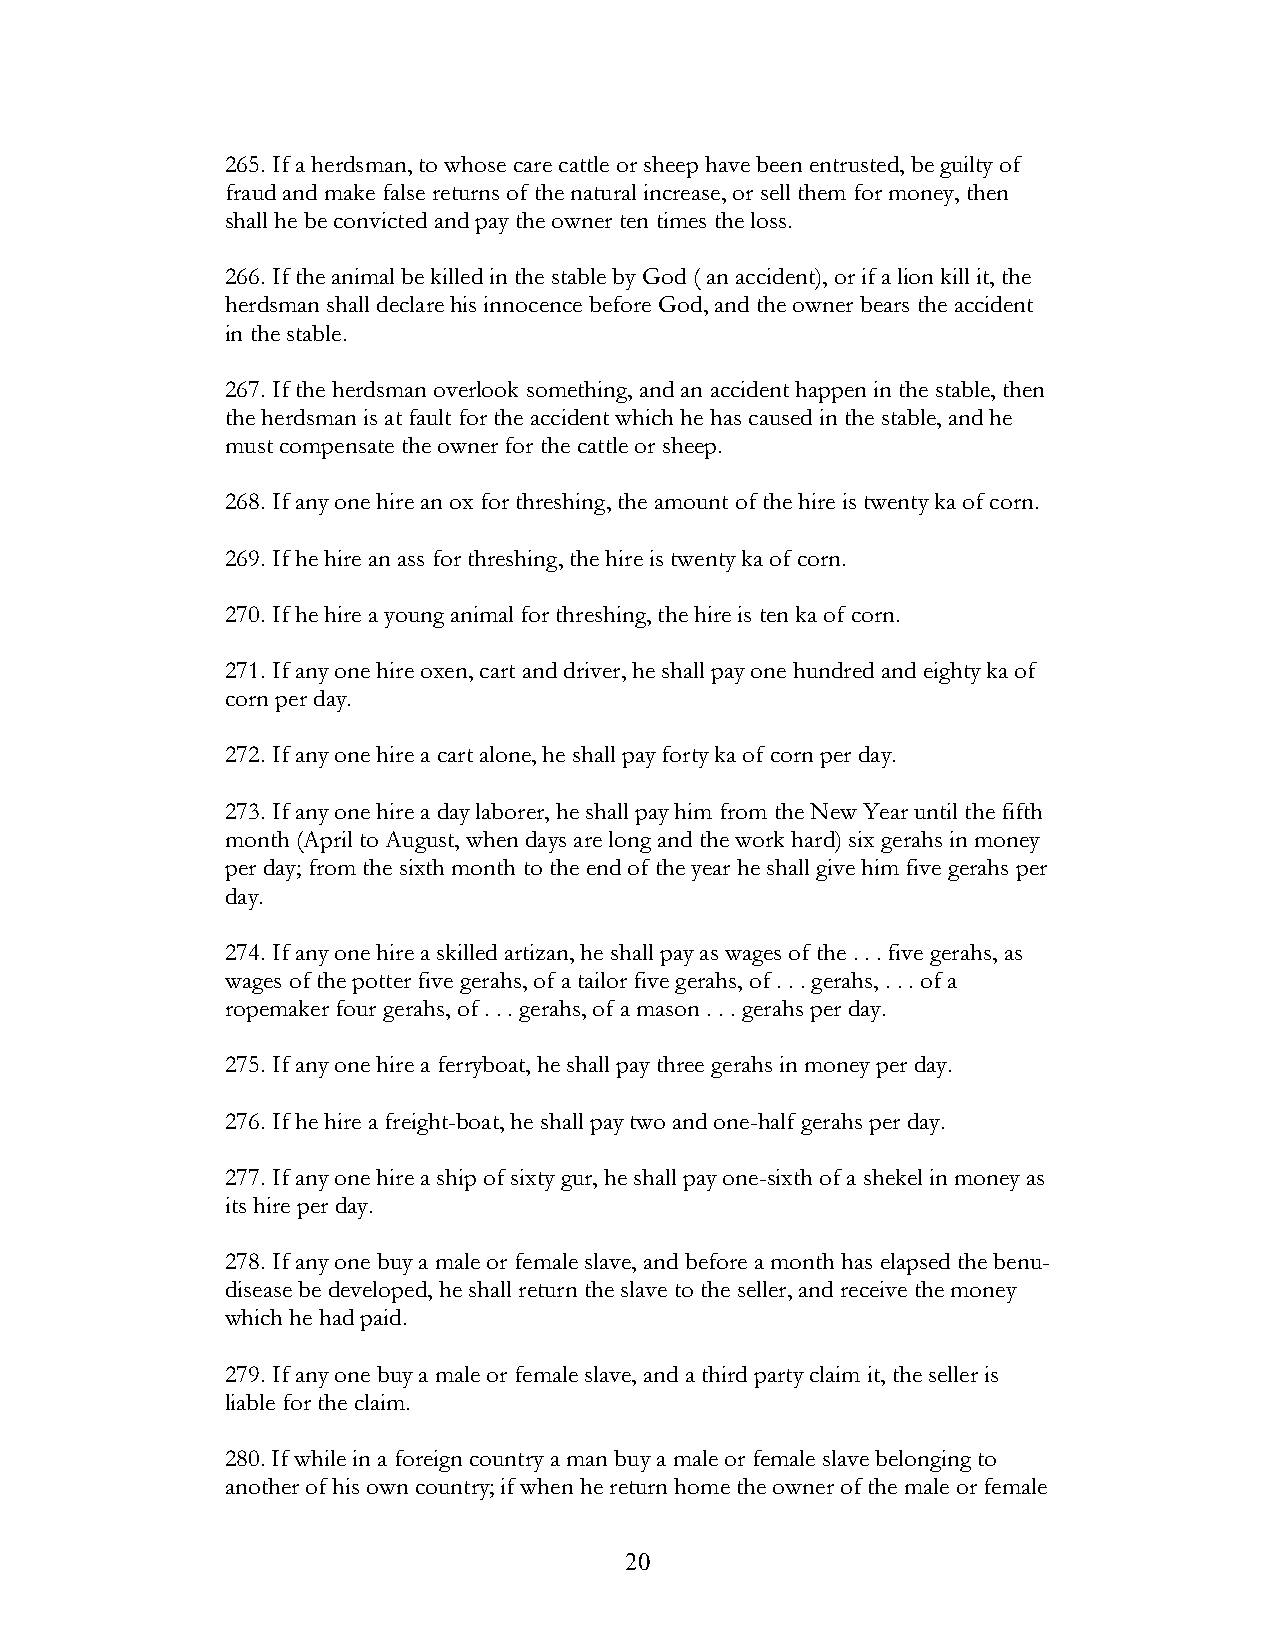
265. If a herdsman, to whose care cattle or sheep have been entrusted, be guilty of
 fraud and make false returns of the natural increase, or sell them for money, then
 shall he be convicted and pay the owner ten times the loss.
 266. If the animal be killed in the stable by God ( an accident), or if a lion kill it, the
 herdsman shall declare his innocence before God, and the owner bears the accident
 in the stable.
 267. If the herdsman overlook something, and an accident happen in the stable, then
 the herdsman is at fault for the accident which he has caused in the stable, and he
 must compensate the owner for the cattle or sheep.
 268. If any one hire an ox for threshing, the amount of the hire is twenty ka of corn.
 269. If he hire an ass for threshing, the hire is twenty ka of corn.
 270. If he hire a young animal for threshing, the hire is ten ka of corn.
 271. If any one hire oxen, cart and driver, he shall pay one hundred and eighty ka of
 corn per day.
 272. If any one hire a cart alone, he shall pay forty ka of corn per day.
 273. If any one hire a day laborer, he shall pay him from the New Year until the fifth
 month (April to August, when days are long and the work hard) six gerahs in money
 per day; from the sixth month to the end of the year he shall give him five gerahs per
 day.
 274. If any one hire a skilled artizan, he shall pay as wages of the . . . five gerahs, as
 wages of the potter five gerahs, of a tailor five gerahs, of . . . gerahs, . . . of a
 ropemaker four gerahs, of . . . gerahs, of a mason . . . gerahs per day.
 275. If any one hire a ferryboat, he shall pay three gerahs in money per day.
 276. If he hire a freight-boat, he shall pay two and one-half gerahs per day.
 277. If any one hire a ship of sixty gur, he shall pay one-sixth of a shekel in money as
 its hire per day.
 278. If any one buy a male or female slave, and before a month has elapsed the benu-
 disease be developed, he shall return the slave to the seller, and receive the money
 which he had paid.
 279. If any one buy a male or female slave, and a third party claim it, the seller is
 liable for the claim.
 280. If while in a foreign country a man buy a male or female slave belonging to
 another of his own country; if when he return home the owner of the male or female
 !                         20